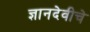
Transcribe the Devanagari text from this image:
ज्ञानदेवीचे